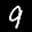
Label: 9